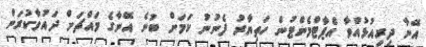
އޭނާ ދިރިއުޅުއްވާ އެޕާޓްމެންޓުން ހަތިޔާރު ފެނުނު ކަމަށް ބުނެ އޭނާގެ މައްޗަށް ދައުވާކުރަން